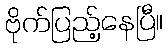
ဗိုက်ပြည့်နေပြီ။